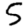
Digit: 5